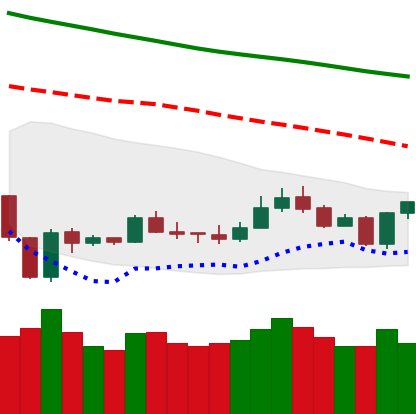
Ticker: LTC-USD
Chart end date: 2020-01-04
Forward return: 4.361%
Label: up_3_5